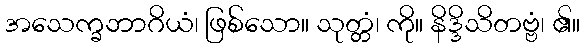
အသေက္ခဘာဂိယံ၊ ဖြစ်သော။ သုတ္တံ၊ ကို။ နိဒ္ဒိသိတဗ္ဗံ၊ ၏။